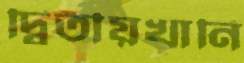
দ্বিতীয়খানি